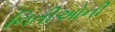
નિતીઓની